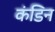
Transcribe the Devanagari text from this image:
कंडिन